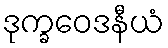
ဒုက္ခဝေဒနီယံ